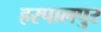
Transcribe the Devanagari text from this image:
हरपालपुर